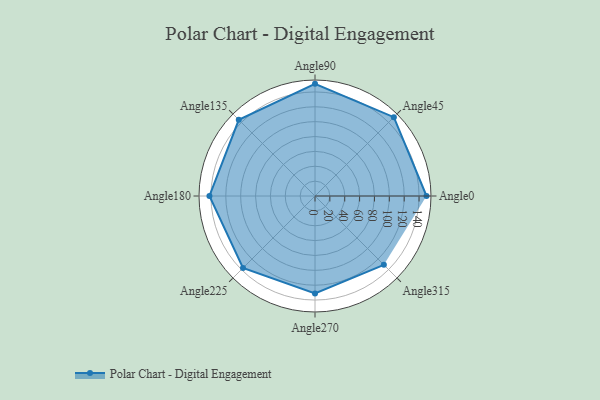
{"axis": {"x": "Angle", "y": "Radius"}, "legend": [""], "data": [{"x": "Angle0", "y": 150.0, "type": ""}, {"x": "Angle45", "y": 150.0, "type": ""}, {"x": "Angle90", "y": 151.0, "type": ""}, {"x": "Angle135", "y": 145.0, "type": ""}, {"x": "Angle180", "y": 142.0, "type": ""}, {"x": "Angle225", "y": 137.0, "type": ""}, {"x": "Angle270", "y": 131.0, "type": ""}, {"x": "Angle315", "y": 131.0, "type": ""}]}